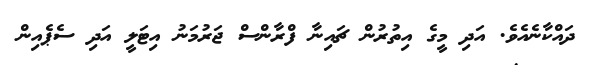
ދައްކާނެއެވެ. އަދި މީގެ އިތުރުން ޗައިނާ ފްރާންސް ޖަރުމަނު އިޓަލީ އަދި ސެޕެއިން